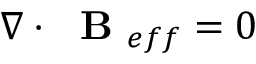
\nabla \cdot \mathrm { ~ \bf ~ B ~ } _ { e f f } = 0